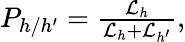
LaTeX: \begin{array}{r}{P_{h/h^{\prime}}=\frac{\mathcal{L}_{h}}{\mathcal{L}_{h}+\mathcal{L}_{h^{\prime}}},}\end{array}